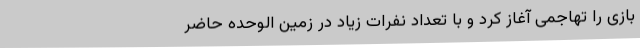
بازی را تهاجمی آغاز کرد و با تعداد نفرات زیاد در زمین الوحده حاضر